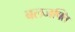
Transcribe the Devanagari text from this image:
बलजफ्ति